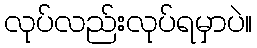
လုပ်လည်းလုပ်ရမှာပဲ။